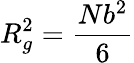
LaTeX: R_{g}^{2}=\frac{Nb^{2}}{6}